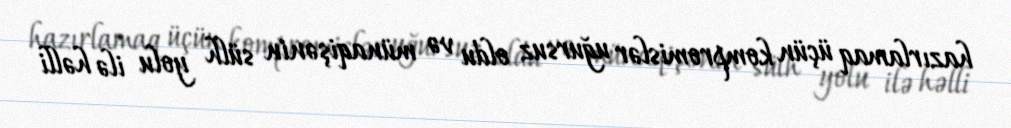
hazırlamaq üçün kompromislər uğursuz oldu və münaqişənin sülh yolu ilə həlli